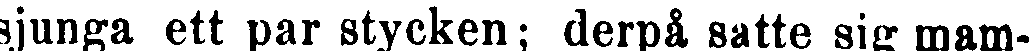
sjunga ett par stycken; derpå satte sig mam-